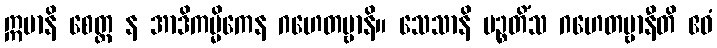
ဣမာနိ စေတ္ထ န အာဒိကမ္မိကေန ဂဟေတဗ္ဗာနိ။ သေသာနိ ပဉ္စတိံသ ဂဟေတဗ္ဗာနီတိ ဧဝံ